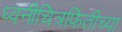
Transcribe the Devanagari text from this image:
ध्वनीचित्रफितीच्या